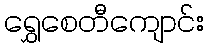
ရွှေစေတီကျောင်း